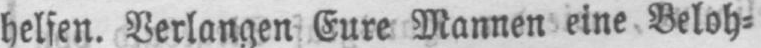
helfen. Verlangen Eure Mannen eine Beloh⸗